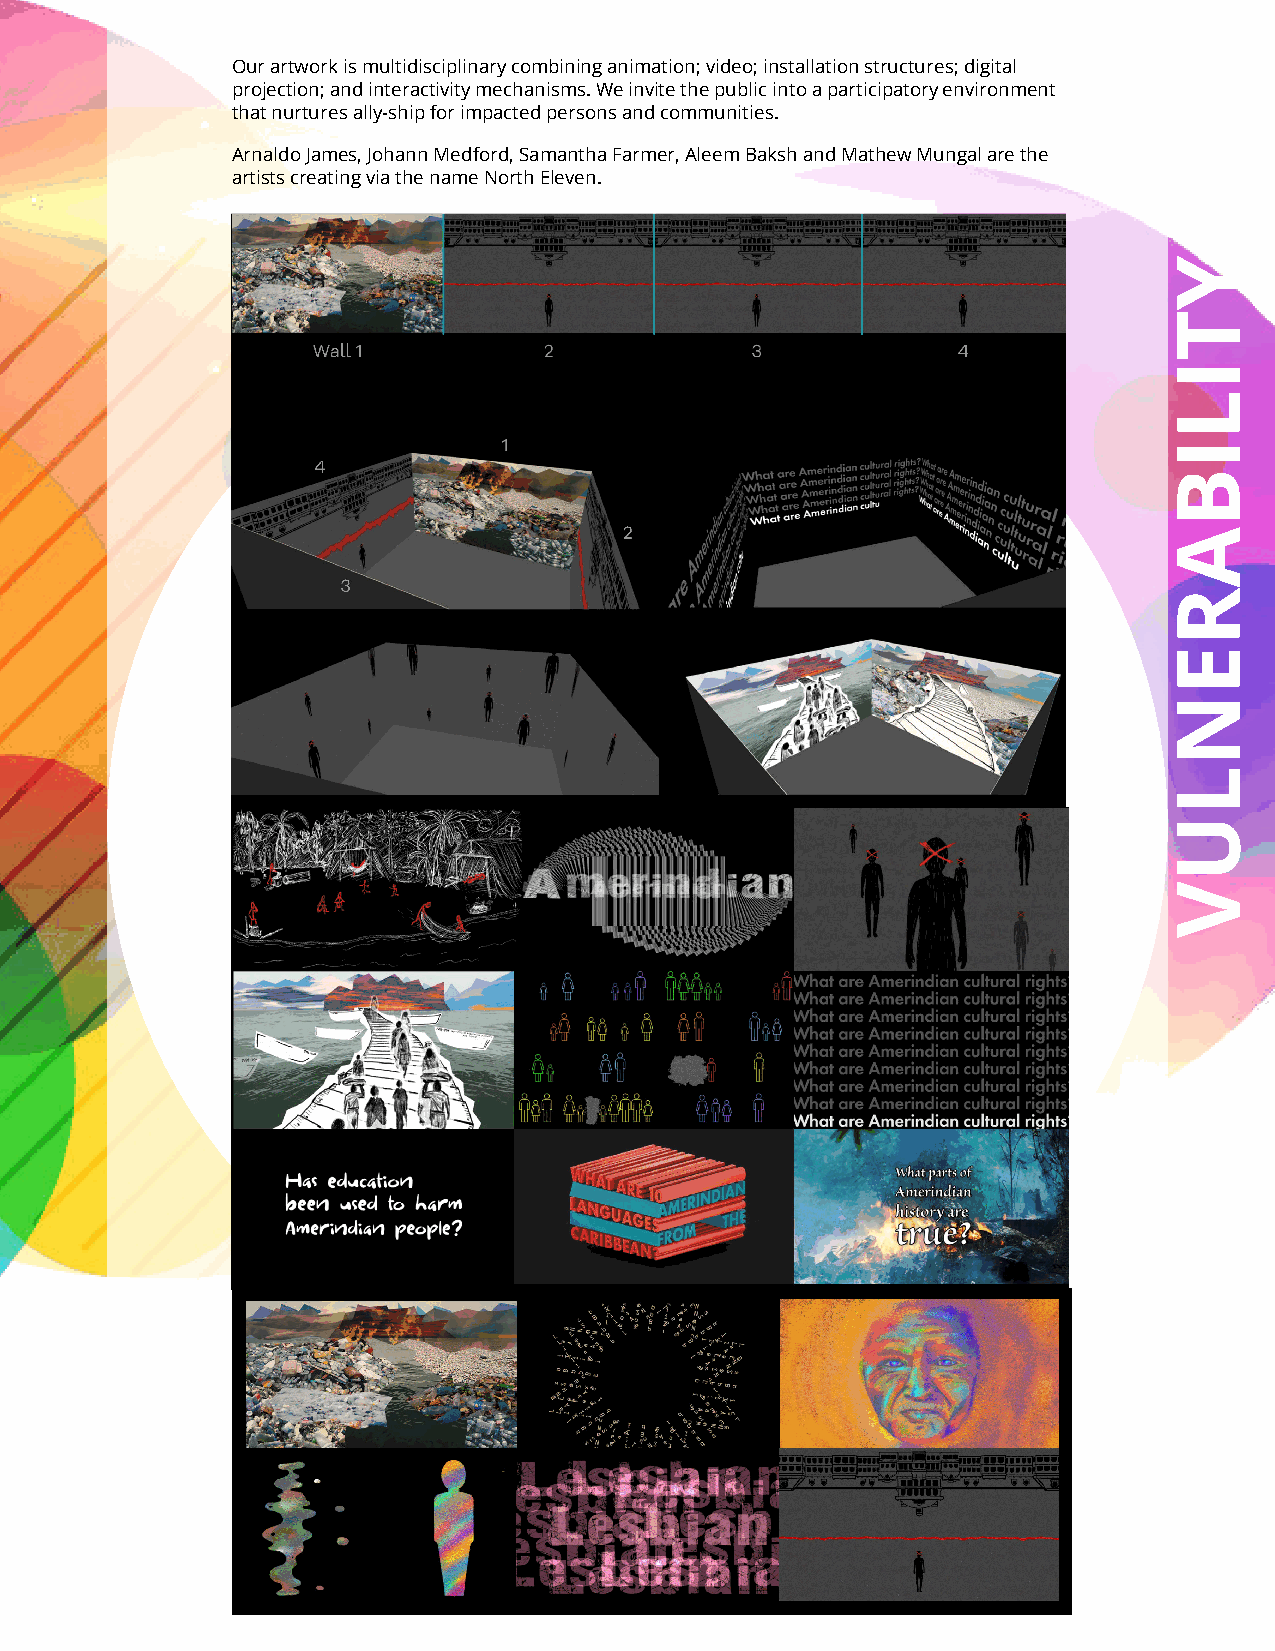
Our artwork is multidisciplinary combining animation; video; installation structures; digital
 projection; and interactivity mechanisms. We invite the public into a participatory environment
 that nurtures ally-ship for impacted persons and communities.
 Arnaldo James, Johann Medford, Samantha Farmer, Aleem Baksh and Mathew Mungal are the
 artists creating via the name North Eleven.
 YTILIBARENLUV